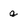
Character: g